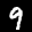
Label: 9